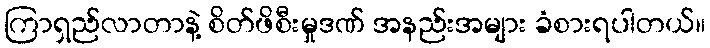
ကြာရှည်လာတာနဲ့ စိတ်ဖိစီးမှုဒဏ် အနည်းအများ ခံစားရပါတယ်။